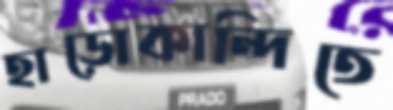
হাড়োকান্দিতে